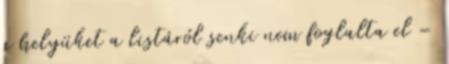
a helyüket a listáról senki nem foglalta el –